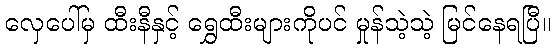
လှေပေါ်မှ ထီးနီနှင့် ရွှေထီးများကိုပင် မှုန်သဲ့သဲ့ မြင်နေရပြီ။